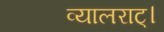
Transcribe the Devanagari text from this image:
व्यालराट्।